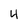
Character: 4